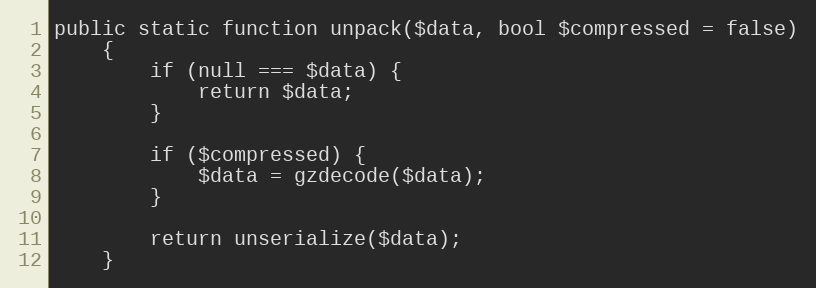
Language: PHP
public static function unpack($data, bool $compressed = false)
    {
        if (null === $data) {
            return $data;
        }

        if ($compressed) {
            $data = gzdecode($data);
        }

        return unserialize($data);
    }